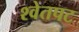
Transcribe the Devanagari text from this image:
श्वेतपट